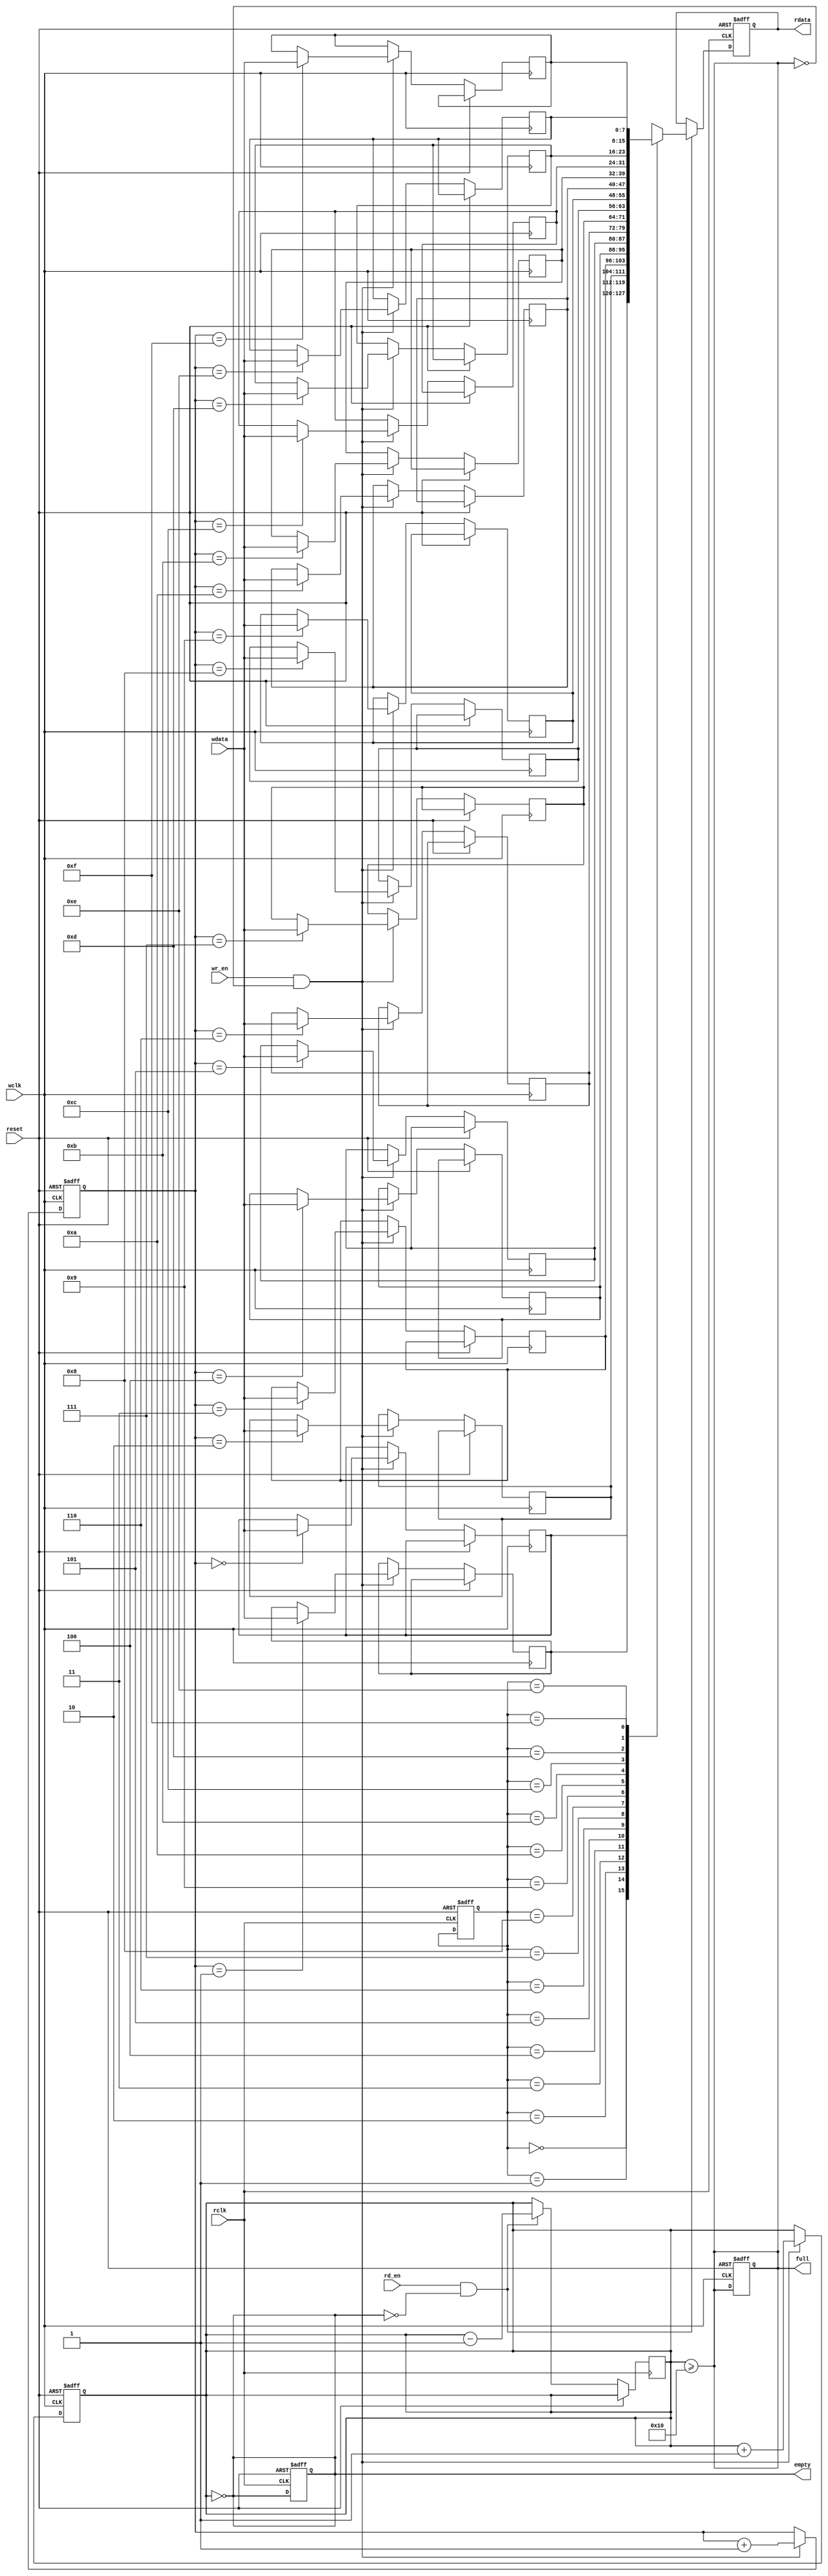
module dual_clock_fifo #(
    parameter DATA_WIDTH = 8,        // Width of the data
    parameter FIFO_DEPTH = 16         // Depth of the FIFO
)(
    input wire                  wclk,     // Write clock
    input wire                  rclk,     // Read clock
    input wire                  reset,    // Asynchronous reset
    input wire [DATA_WIDTH-1:0] wdata,   // Data input
    input wire                  wr_en,    // Write enable
    input wire                  rd_en,    // Read enable
    output reg [DATA_WIDTH-1:0] rdata,   // Data output
    output reg                  full,      // FIFO full flag
    output reg                  empty      // FIFO empty flag
);

    // Memory storage
    reg [DATA_WIDTH-1:0] mem [0:FIFO_DEPTH-1];

    // Write and read pointers
    reg [$clog2(FIFO_DEPTH)-1:0] wptr, rptr, wptr_sync, rptr_sync;

    // FIFO status management
    reg [($clog2(FIFO_DEPTH)+1)-1:0] fifo_count; // To track the number of entries

    // Asynchronous reset
    always @(posedge wclk or posedge reset) begin
        if (reset) begin
            wptr <= 0;
            wptr_sync <= 0;
            full <= 0;
            fifo_count <= 0;
        end else if (wr_en && !full) begin
            mem[wptr] <= wdata;
            wptr <= wptr + 1;
            fifo_count <= fifo_count + 1;
        end
    end

    // Synchronize write pointer to read clock domain
    always @(posedge rclk or posedge reset) begin
        if (reset) begin
            rptr_sync <= 0;
        end else begin
            wptr_sync <= wptr;
        end
    end

    // Read operation
    always @(posedge rclk or posedge reset) begin
        if (reset) begin
            rptr <= 0;
            rdata <= 0;
            empty <= 1;
        end else if (rd_en && !empty) begin
            rdata <= mem[rptr_sync];
            rptr <= rptr + 1;
            fifo_count <= fifo_count - 1;
        end
    end

    // Full and empty flag logic
    always @(*) begin
        full = (fifo_count >= FIFO_DEPTH);
        empty = (fifo_count == 0);
    end

endmodule